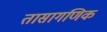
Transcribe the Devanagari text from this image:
तासागणिक